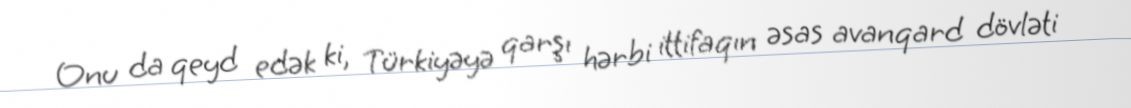
Onu da qeyd edək ki, Türkiyəyə qarşı hərbi ittifaqın əsas avanqard dövləti